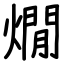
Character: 燗